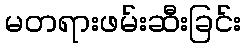
မတရားဖမ်းဆီးခြင်း